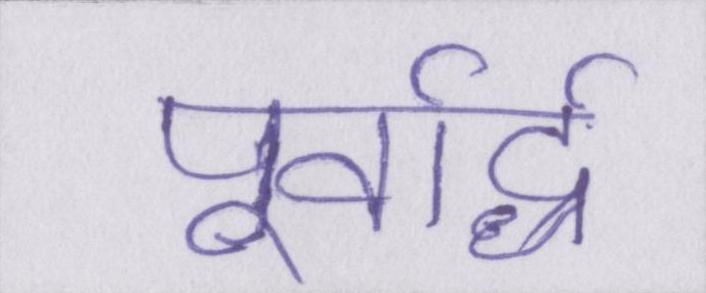
पूर्वार्द्ध